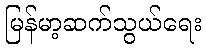
မြန်မာ့ဆက်သွယ်ရေး